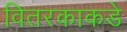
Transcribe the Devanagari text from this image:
वितरकाकडे